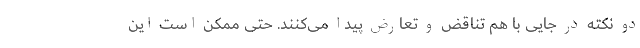
دو نکته در جایی با هم تناقض و تعارض پیدا می‌کنند. حتی ممکن است این